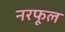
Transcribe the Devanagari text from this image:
नरफूल